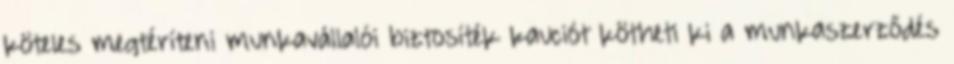
köteles megtéríteni munkavállalói biztosíték kauciót kötheti ki a munkaszerződés